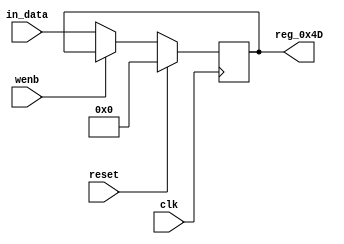
module r_RX_BUF_OBJ7_BYTE_1(output reg [7:0] reg_0x4D, input wire reset, input wire wenb, input wire [7:0] in_data, input wire clk);
	always@(posedge clk)
	begin
		if(reset==0) begin
			if(wenb==0)
				reg_0x4D<=in_data;
			else
				reg_0x4D<=reg_0x4D;
		end
		else
			reg_0x4D<=8'h00;
	end
endmodule